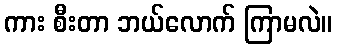
ကား စီးတာ ဘယ်လောက် ကြာမလဲ။